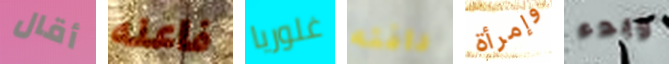
أقال فاعله غلوريا دافئه وإمرأة وبدء